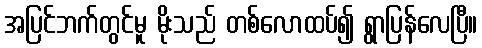
အပြင်ဘက်တွင်မူ မိုးသည် တစ်လောထပ်၍ ရွာပြန်လေပြီ။